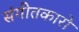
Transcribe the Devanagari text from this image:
संगीतकारो